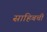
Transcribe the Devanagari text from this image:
साहिबची